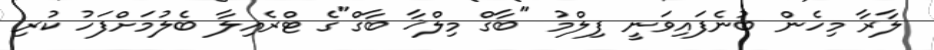
ލާރާ މިހެން ބުނެފައިވަނީ ފިލްމު "ބާގް މިލްޚާ ބާގް"ގެ ޓްރެއިލާ ބެލުމަށްފަހު ކުރި